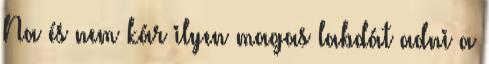
Na és nem kár ilyen magas labdát adni a